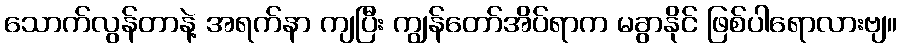
သောက်လွန်တာနဲ့ အရက်နာ ကျပြီး ကျွန်တော်အိပ်ရာက မခွာနိုင် ဖြစ်ပါရောလားဗျ။